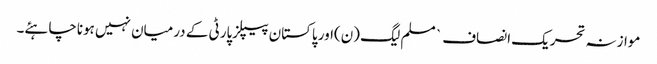
موازنہ تحریک انصاف ` مسلم لیگ (ن)اور پاکستان پیپلزپارٹی کے درمیان نہیں ہوناچاہئے۔